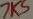
Text: 7K5